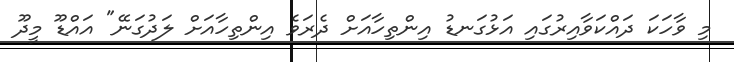
މި ވާހަކަ ދައްކަވާއިރުގައި އަޅުގަނޑު އިންތިހާއަށް ދެރަވެ އިންތިހާއަށް ލަދުގަނޭ" އައްޑޫ މީދޫ